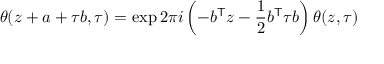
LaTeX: \theta ( z + a + \tau b , \tau ) = \exp 2 \pi i \left( - b ^ { \mathsf { T } } z - { \frac { 1 } { 2 } } b ^ { \mathsf { T } } \tau b \right) \theta ( z , \tau )